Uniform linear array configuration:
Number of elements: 16
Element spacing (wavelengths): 0.75
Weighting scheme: hamming
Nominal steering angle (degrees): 15
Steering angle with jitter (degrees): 14.083
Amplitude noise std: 0.05
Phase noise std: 0.05

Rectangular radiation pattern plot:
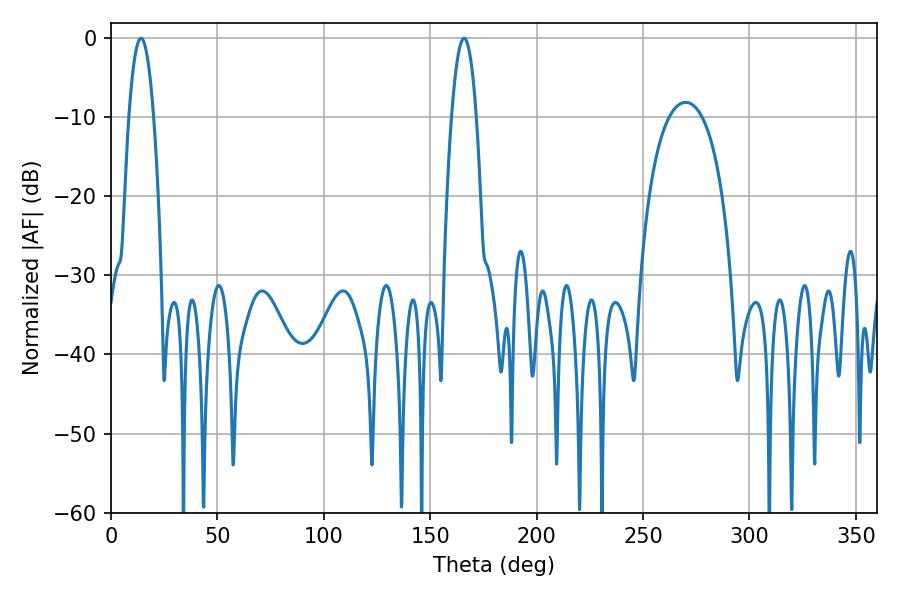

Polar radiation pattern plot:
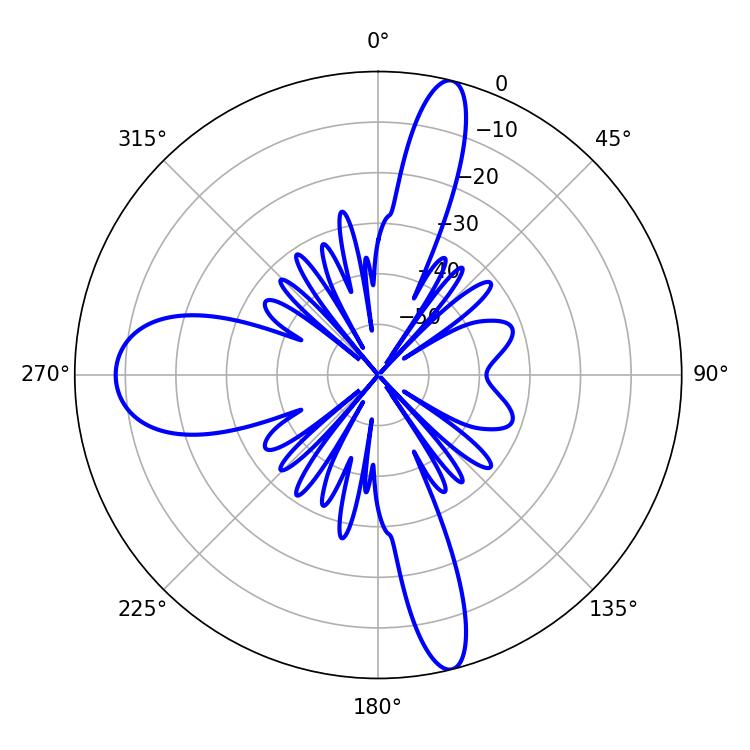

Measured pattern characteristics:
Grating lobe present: TRUE
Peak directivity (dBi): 24.901
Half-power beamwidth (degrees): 6.3
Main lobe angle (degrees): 14.04